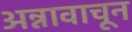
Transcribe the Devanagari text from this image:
अन्नावाचून